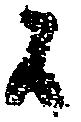
候